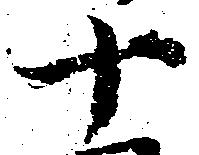
十